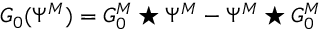
G _ { 0 } ( \Psi ^ { M } ) = G _ { 0 } ^ { M } \star \Psi ^ { M } - \Psi ^ { M } \star G _ { 0 } ^ { M }